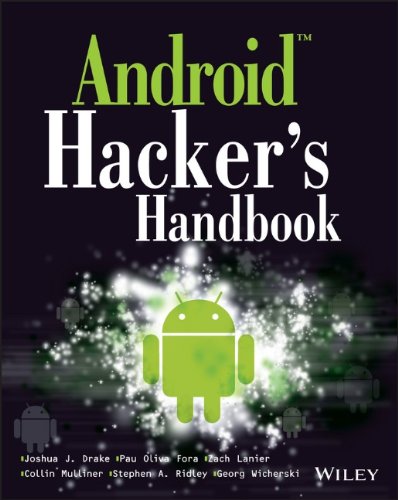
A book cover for Android Hacker's Handbook; Joshua J. Drake; Computers & Technology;